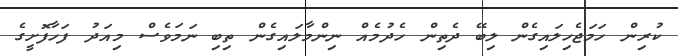
ކުރިން ހަމަޖެހިލައިގެން ލިބޭ ދެތިން ހެދުމެއް ނިންމާލައިގެން ތިބި ނަމަވެސް މިއަދު ފަހާފޮށީގެ